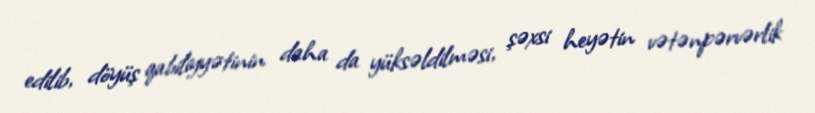
edilib, döyüş qabiliyyətinin daha da yüksəldilməsi, şəxsi heyətin vətənpərvərlik